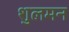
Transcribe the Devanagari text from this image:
शुलमन